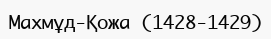
Махмұд-Қожа (1428-1429)